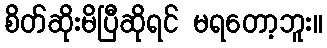
စိတ်ဆိုးမိပြီဆိုရင် မရတော့ဘူး။